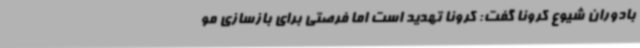
بادوران شیوع کرونا گفت: کرونا تهدید است اما فرصتی برای بازسازی مو